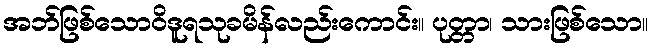
အဘ်ဖြစ်သောဝိဒူရသုခမိန်လည်းကောင်း။ ပုတ္တာ၊ သားဖြစ်သော။